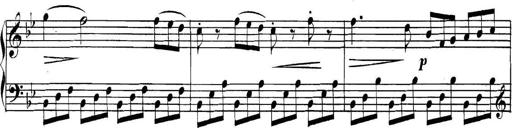
Title: Collected Piano Sonatas
Composer: Muzio Clementi